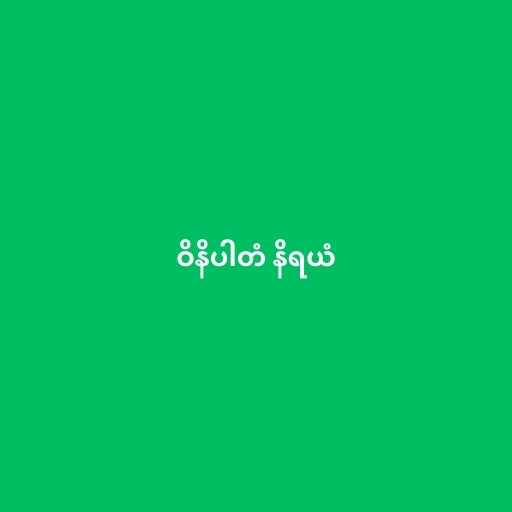
ဝိနိပါတံ နိရယံ